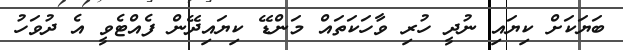
ބަޔަކަށް ކިޔައި ނުދީ ހުރި ވާހަކަތައް މަންޑޭ ކިޔައިދޭން ފެއްޓެވީ އެ ދުވަހު